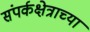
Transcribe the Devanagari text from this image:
संपर्कक्षेत्राच्या